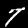
Digit: 7